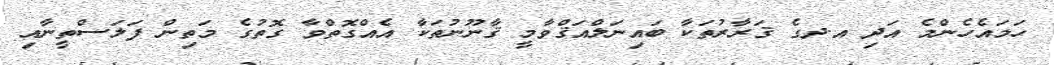
ހަމައެހެންމެ އަދި އ.ދގެ ޤަރާރުތަކާ ބައިނަލްއަޤްވާމީ ޤާނޫނުތަކާ އެއްގޮތްވާ ގޮތުގެ މަތިން ފަލަސްތީނާއި